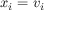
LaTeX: x _ { i } = v _ { i }